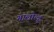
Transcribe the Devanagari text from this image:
गालोल्हू